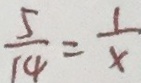
\frac { 5 } { 1 4 } = \frac { 1 } { x }